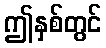
ဤနှစ်တွင်